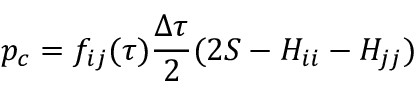
p _ { c } = f _ { i j } ( \tau ) \frac { \Delta \tau } { 2 } ( 2 S - H _ { i i } - H _ { j j } )